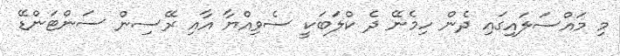
މި މައްސަލައިގައި ދެން ހިމެނޭ ދެ ކްލަބަކީ ސެވިއްޔާ އާއި ރޭސިން ސަންޓަންޑޭ